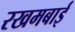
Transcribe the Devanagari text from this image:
रखमबाई